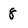
Character: 8